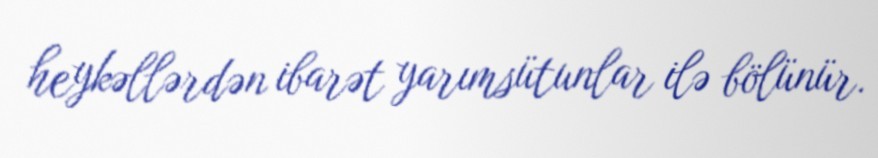
heykəllərdən ibarət yarımsütunlar ilə bölünür.